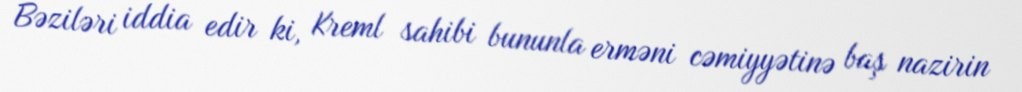
Bəziləri iddia edir ki, Kreml sahibi bununla erməni cəmiyyətinə baş nazirin